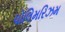
પોલિમરિઝમ